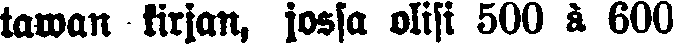
tawan kirjan, jossa olisi 500 à 600